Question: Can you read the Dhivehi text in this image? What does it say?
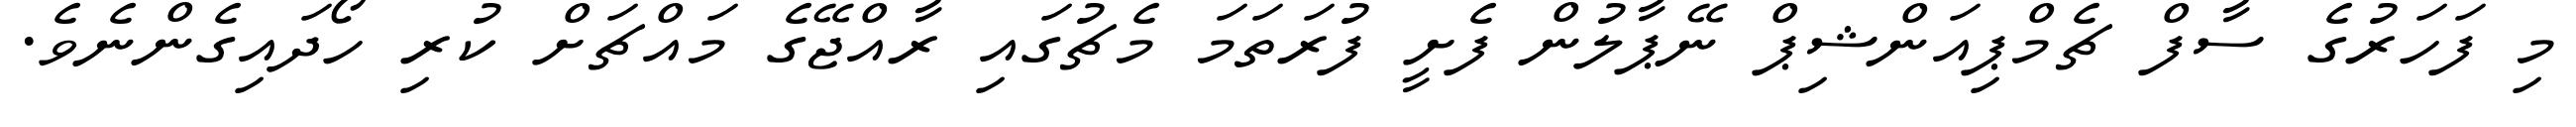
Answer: މި ފަހަރުގެ ސާފް ޗެމްޕިއަންޝިޕް ނޭޕާލުން ފެށީ ފުރަތަމަ މެޗުގައި ރާއްޖޭގެ މައްޗަށް ކުރި ހޯދައިގެންނެވެ.